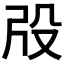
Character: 𣪃